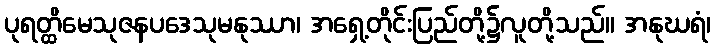
ပုရတ္ထိမေသုဇနပဒေသုမနုဿာ၊ အရှေ့တိုင်းပြည်တို့၌လူတို့သည်။ အနုဃရံ၊